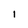
Character: 1